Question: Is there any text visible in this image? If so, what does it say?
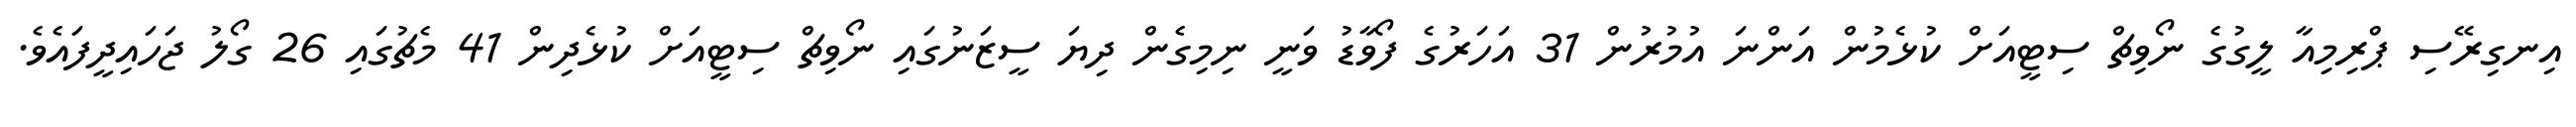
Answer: އިނގިރޭސި ޕްރިމިއާ ލީގުގެ ނޯވިޗް ސިޓީއަށް ކުޅެމުން އަންނަ އުމުރުން 31 އަހަރުގެ ފޯވާޑު ވަނީ ނިމިގެން ދިޔަ ސީޒަނުގައި ނޯވިޗް ސިޓީއަށް ކުޅެދިން 41 މެޗުގައި 26 ގޯލު ޖަހައިދީފައެވެ.